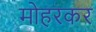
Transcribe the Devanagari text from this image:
मोहरकर